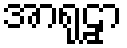
အာရုဠှာ